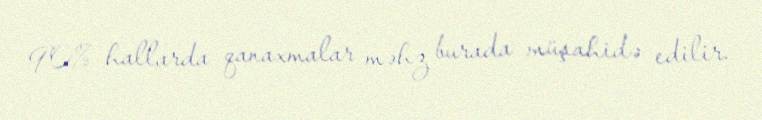
90% hallarda qanaxmalar məhz burada müşahidə edilir.